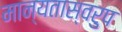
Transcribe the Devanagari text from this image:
मान्यतास्वरुप